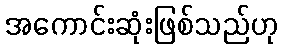
အကောင်းဆုံးဖြစ်သည်ဟု